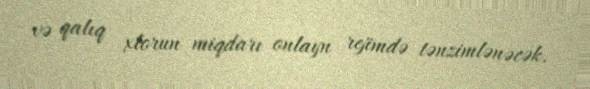
və qalıq xlorun miqdarı onlayn rejimdə tənzimlənəcək.